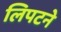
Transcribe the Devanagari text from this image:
लिपटने